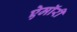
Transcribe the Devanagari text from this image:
ऐमॉरी